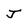
Character: J